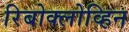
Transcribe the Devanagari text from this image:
रिबोक्लोव्हिन